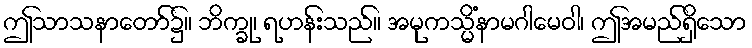
ဤသာသနာတော်၌။ ဘိက္ခု၊ ရဟန်းသည်။ အမုကသ္မိံနာမဂါမေဝါ၊ ဤအမည်ရှိသော